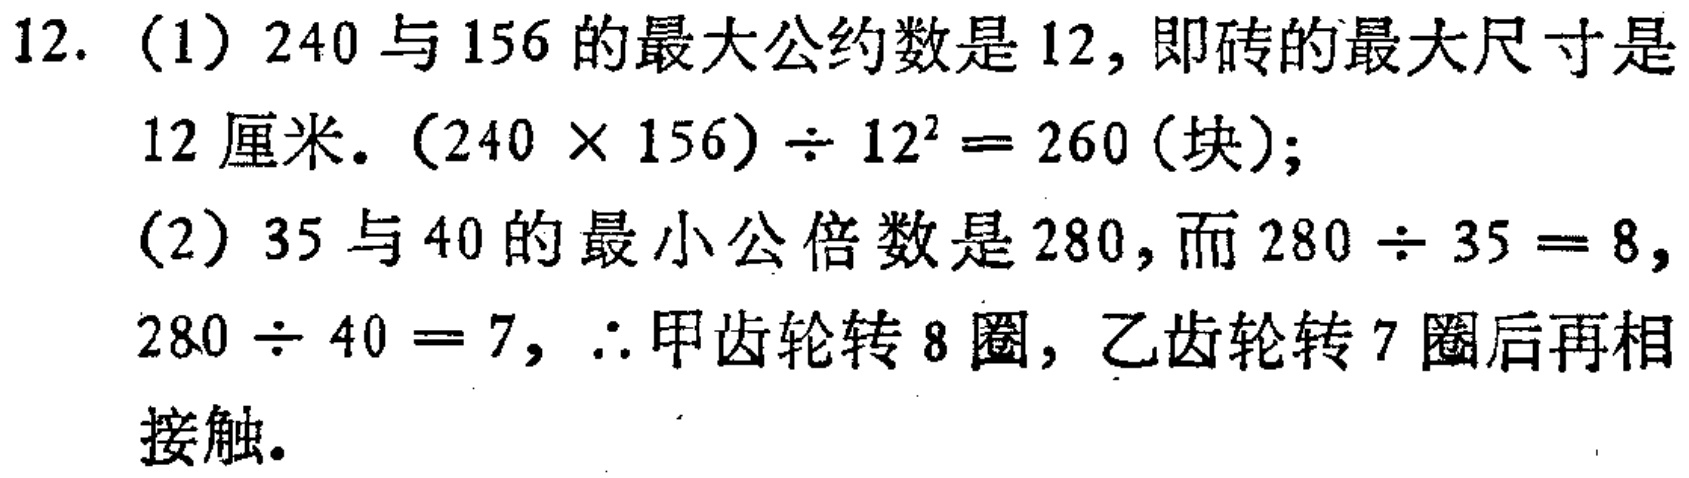
12. （1）$240$与$156$的最大公约数是$12$，即砖的最大尺寸是

12 厘米. $(240\times156)\div12^{2}=260$ (块);

（2）$35$与$40$的最小公倍数是$280$，而$280\div35 = 8$，

$280\div40 = 7$，$\therefore$甲齿轮转$8$圈，乙齿轮转$7$圈后再相

接触.